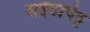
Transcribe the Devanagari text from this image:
सईदापेट्ट